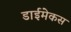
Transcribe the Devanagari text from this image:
डाईमेकस